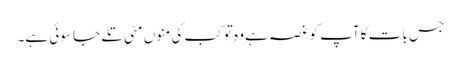
جس بات کا آپ کو غصہ ہے وہ تو کب کی منوں مٹی تلے جا سوئی ہے۔